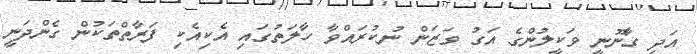
އަދި ގާނޫނީ ވަކީލުންގެ އަގު ވަޒަން ނުކުރައްވާ ހާލަތުގައި އެކިއެކި ފަރާތްތަކުން ގެންދަނީ